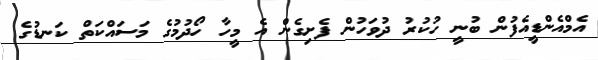
އެމްއެންޑީއެފުން ބުނީ ހުކުރު ދުވަހުން ފެށިގެން އެ މީހާ ހޯދުމުގެ މަސައްކަތް ކަނޑުގެ